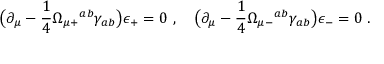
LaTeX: \bigl ( \partial _ { \mu } - { \frac { 1 } { 4 } } \Omega _ { \mu + } { } ^ { a b } \gamma _ { a b } \bigr ) \epsilon _ { + } = 0 \ , \quad \bigl ( \partial _ { \mu } - { \frac { 1 } { 4 } } \Omega _ { \mu - } { } ^ { a b } \gamma _ { a b } \bigr ) \epsilon _ { - } = 0 \ .